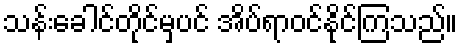
သန်းခေါင်တိုင်မှပင် အိပ်ရာဝင်နိုင်ကြသည်။